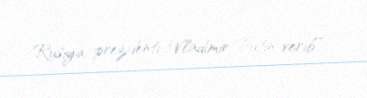
Rusiya prezidenti Vladimir Putin verib”.